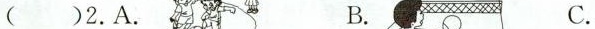
()2.A. B. C。